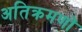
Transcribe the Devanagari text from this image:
अतिक्रमणों